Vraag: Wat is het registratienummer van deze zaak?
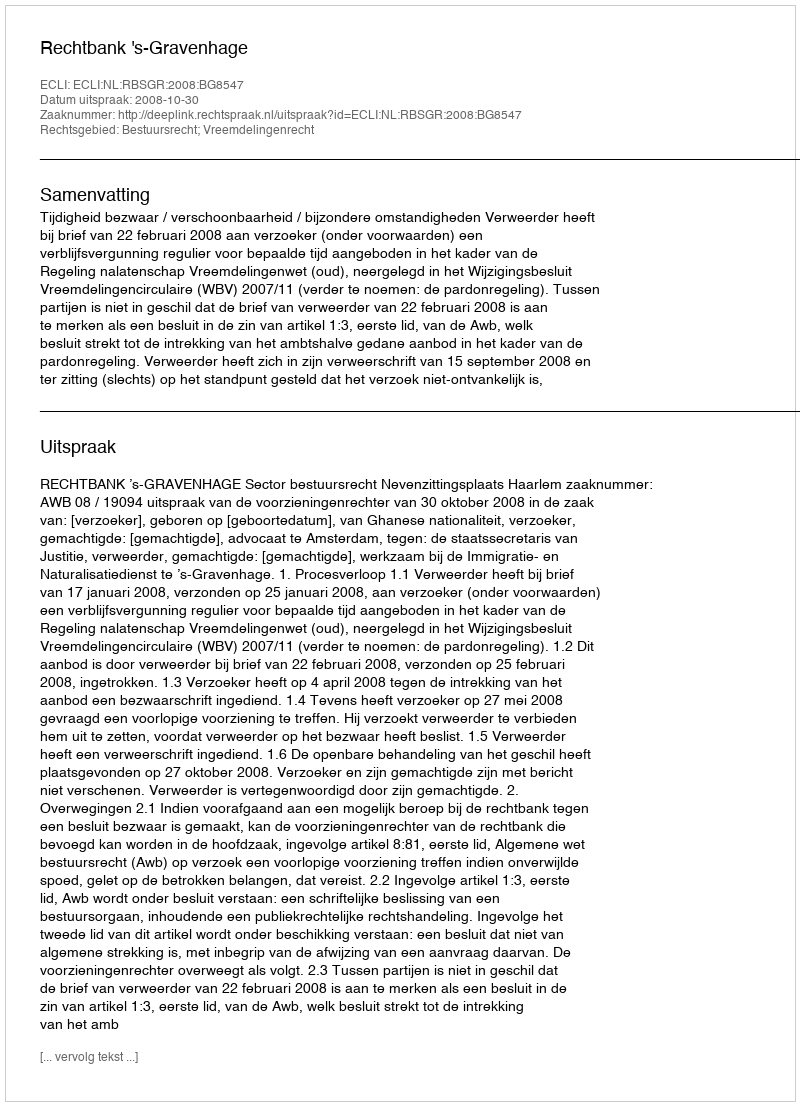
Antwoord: http://deeplink.rechtspraak.nl/uitspraak?id=ECLI:NL:RBSGR:2008:BG8547